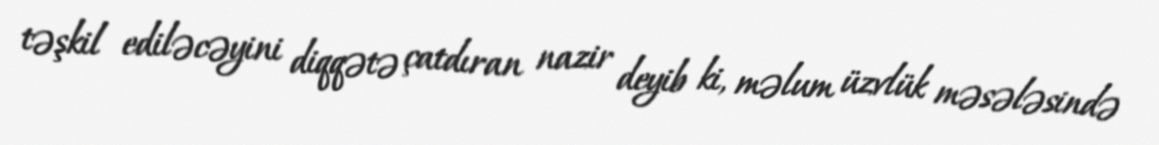
təşkil ediləcəyini diqqətə çatdıran nazir deyib ki, məlum üzvlük məsələsində